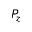
P _ { z }